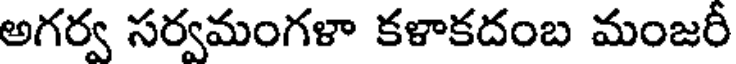
అగర్వ సర్వమంగళా కళాకదంబ మంజరీ